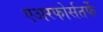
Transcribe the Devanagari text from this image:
एअरफोर्सतर्फे